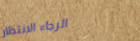
الرجاء الانتظار